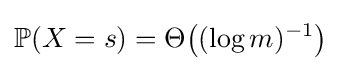
\mathbb {P} (X=s)=\Theta {\big (}(\log m)^{-1}{\big )}